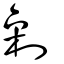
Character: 劋